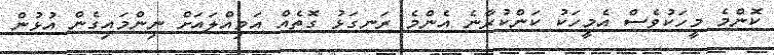
ކޮންމެ މީހަކުވެސް އެމީހަކު ކަންކުރާނެ އެންމެ ރަނގަޅު ގޮތެއް އަމިއްލައަށް ނިންމައިގެން އުޅުން